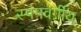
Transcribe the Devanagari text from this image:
स्पंगवर्ग़ीय